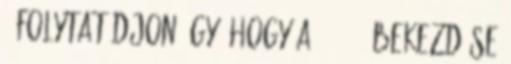
§ folytatódjon úgy, hogy a 27. § 2 bekezdése